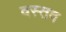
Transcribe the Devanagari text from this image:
वस्तव